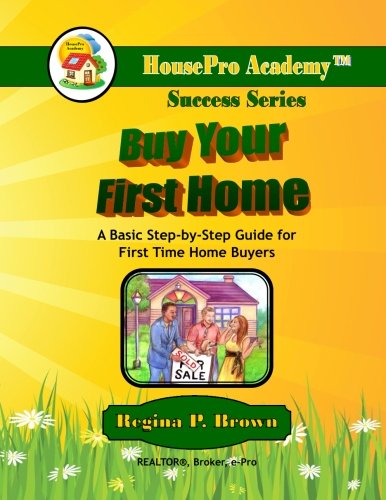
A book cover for Buy Your First Home: A Basic Step-by-Step Guide for First Time Home Buyers; Regina Brown; Reference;